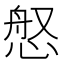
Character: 𫺚